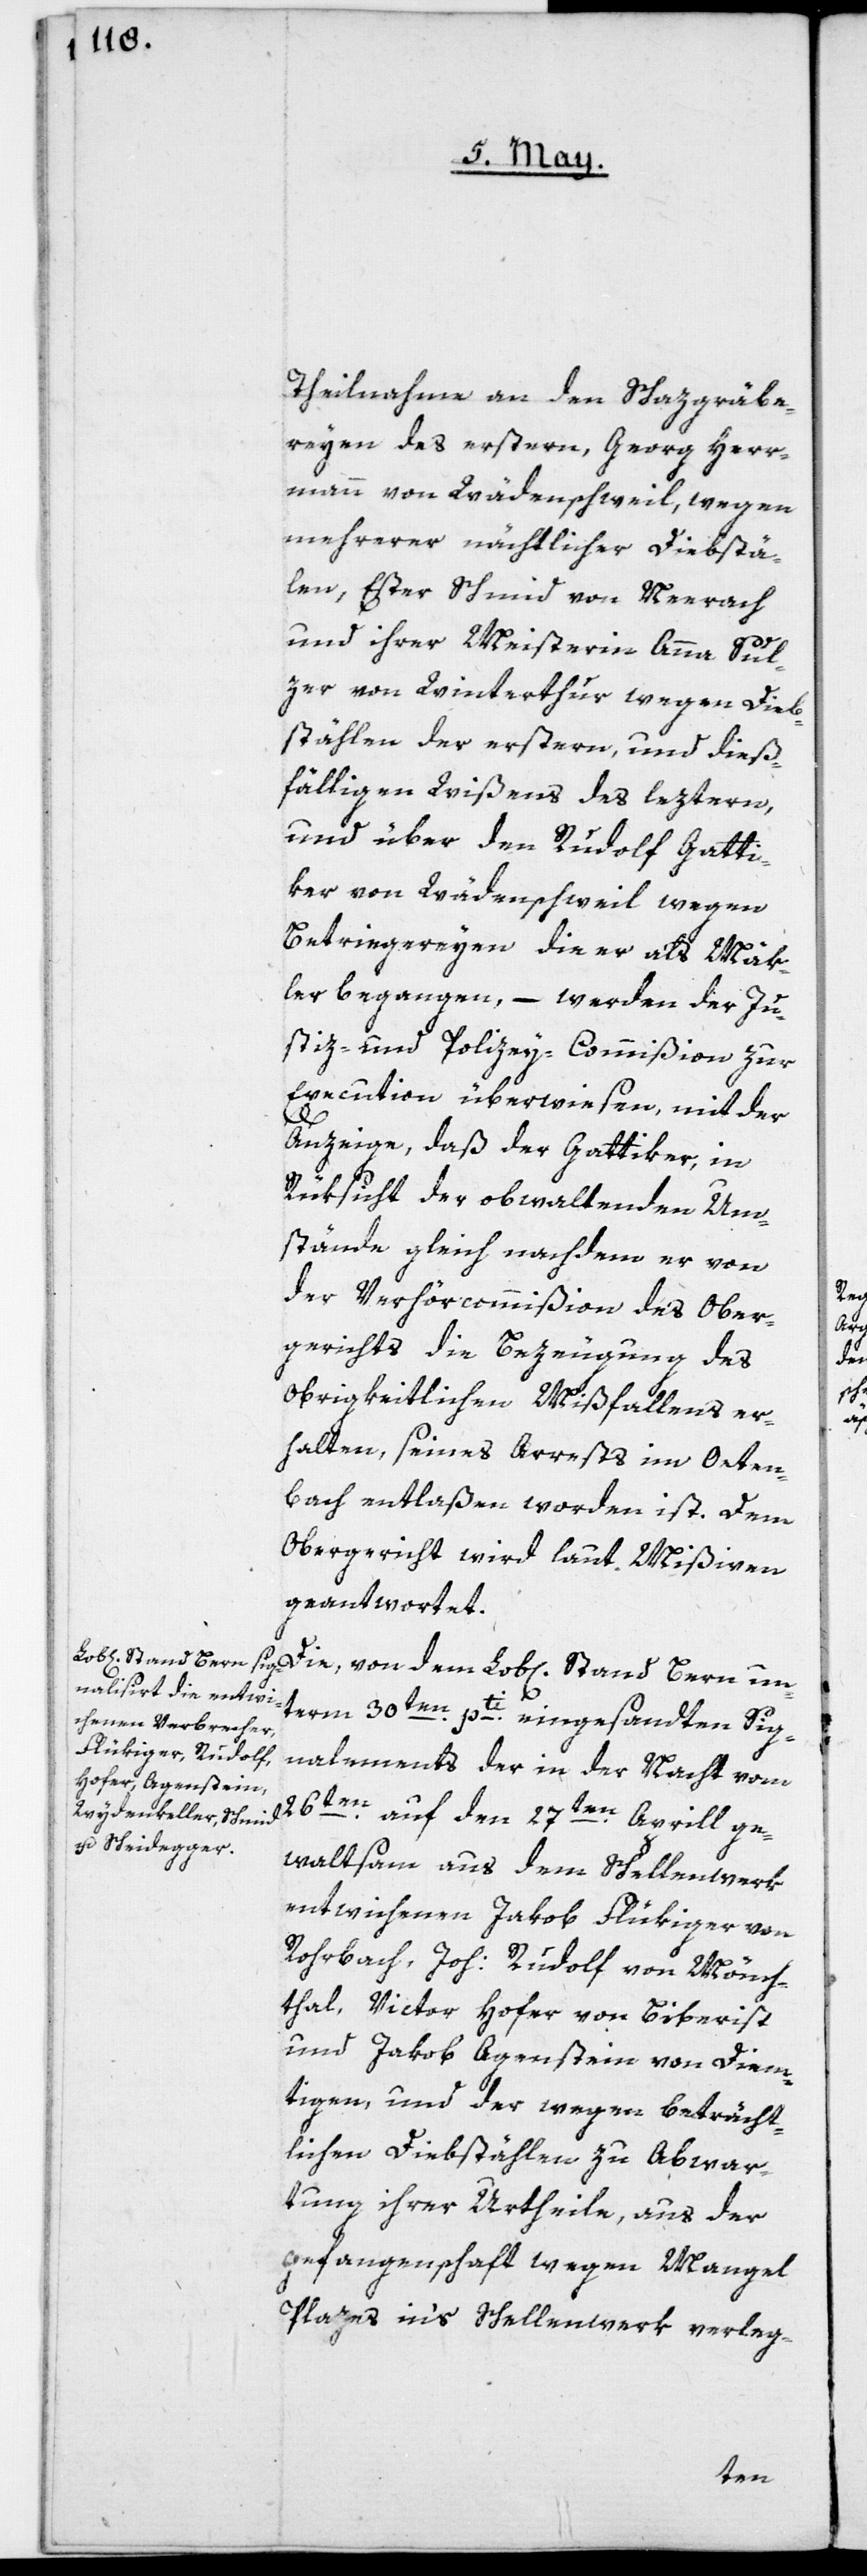
Theilnahme an den Schatzgräbe¬
reyen des erstern, Georg Herr¬
mann von Wädenschweil, wegen
mehrerer nächtlicher Diebstä¬
hlen, Ester Schmid von Neerach
und ihrer Meisterin Anna Sul¬
zer von Winterthur wegen Dieb¬
stählen der erstern und dieß¬
fälligen Wißens des leztern,
iker von Wädenschweil, wegen
Betriegereyen die er als Mäk¬
ler begangen, – werden der Ju¬
stiz- und Polizey-Commißion zur
Execution überwiesen, mit der
Anzeige, daß der Gattiker, in
Rüksicht der obwaltenden Um¬
stände, gleich nachdem er von
der Verhörcommißion des Ober¬
gerichts die Bezeugung des
Obrigkeitlichen Mißfallens er¬
halten, seines Arrests im Oeten¬
bach entlaßen worden ist. Dem
Obergericht wird laut Mißiven
geantwortet.
Die, von dem Lob[lichen] Stand Bern un¬
term 30ten pti eingesandten Sig¬
nalements der in der Nacht vom
26ten auf den 27ten Aprill ge¬
waltsam aus dem Schellenwerk
entwichenen Jakob Flükiger von
Rohrbach, Joh: Rudolf von Mönch¬
thal, Victor Hofer von Biberist
und Jakob Agenstein von Diem¬
tigen, und der wegen beträcht¬
lichen Diebstählen zu Abwar¬
tung ihrer Urtheile, aus der
Gefangenschaft wegen Mangel
Plazes in’s Schellenwerk verleg-
Gatt¬